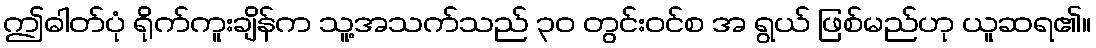
ဤဓါတ်ပုံ ရိုက်ကူးချိန်က သူ့အသက်သည် ၃၀ တွင်းဝင်စ အ ရွယ် ဖြစ်မည်ဟု ယူဆရ၏။